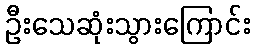
ဦးသေဆုံးသွားကြောင်း